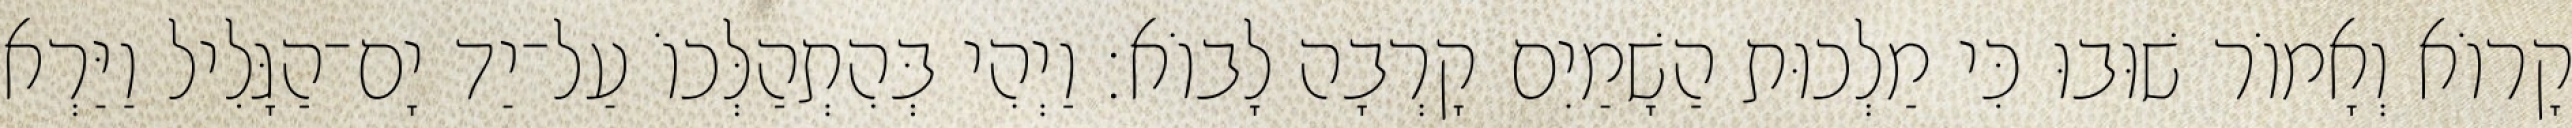
קָרוֹא וְאָמוֹר שׁוּבוּ כִּי מַלְכוּת הַשָׁמַיִם קָרְבָה לָבוֹא׃ וַיְהִי בְּהִתְהַלְּכוֹ עַל־יַד יָם־הַגָּלִיל וַיַּרְא